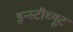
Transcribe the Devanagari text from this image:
इन्स्टीच्यूट